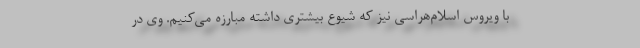
با ویروس اسلام‌هراسی نیز که شیوع بیشتری داشته مبارزه می‌کنیم. وی در